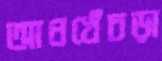
আধখেঁচড়া